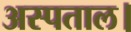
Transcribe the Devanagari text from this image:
अस्पताल।